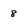
Character: 8